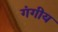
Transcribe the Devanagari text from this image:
गंगीय